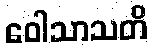
ဝေါသာသတိ